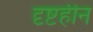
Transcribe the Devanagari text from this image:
दृष्टहीन